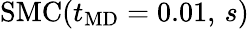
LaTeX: \mathrm{SMC}(t_{\mathrm{MD}}=0.01,\, s)